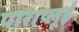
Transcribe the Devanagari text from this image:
पाराप्लूई